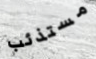
مستذئب